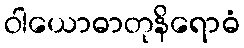
ဝါယောဓာတုနိရောဓံ